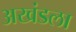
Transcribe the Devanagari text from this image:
अखंडला